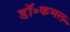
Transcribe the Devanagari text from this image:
डॉ॰कमल